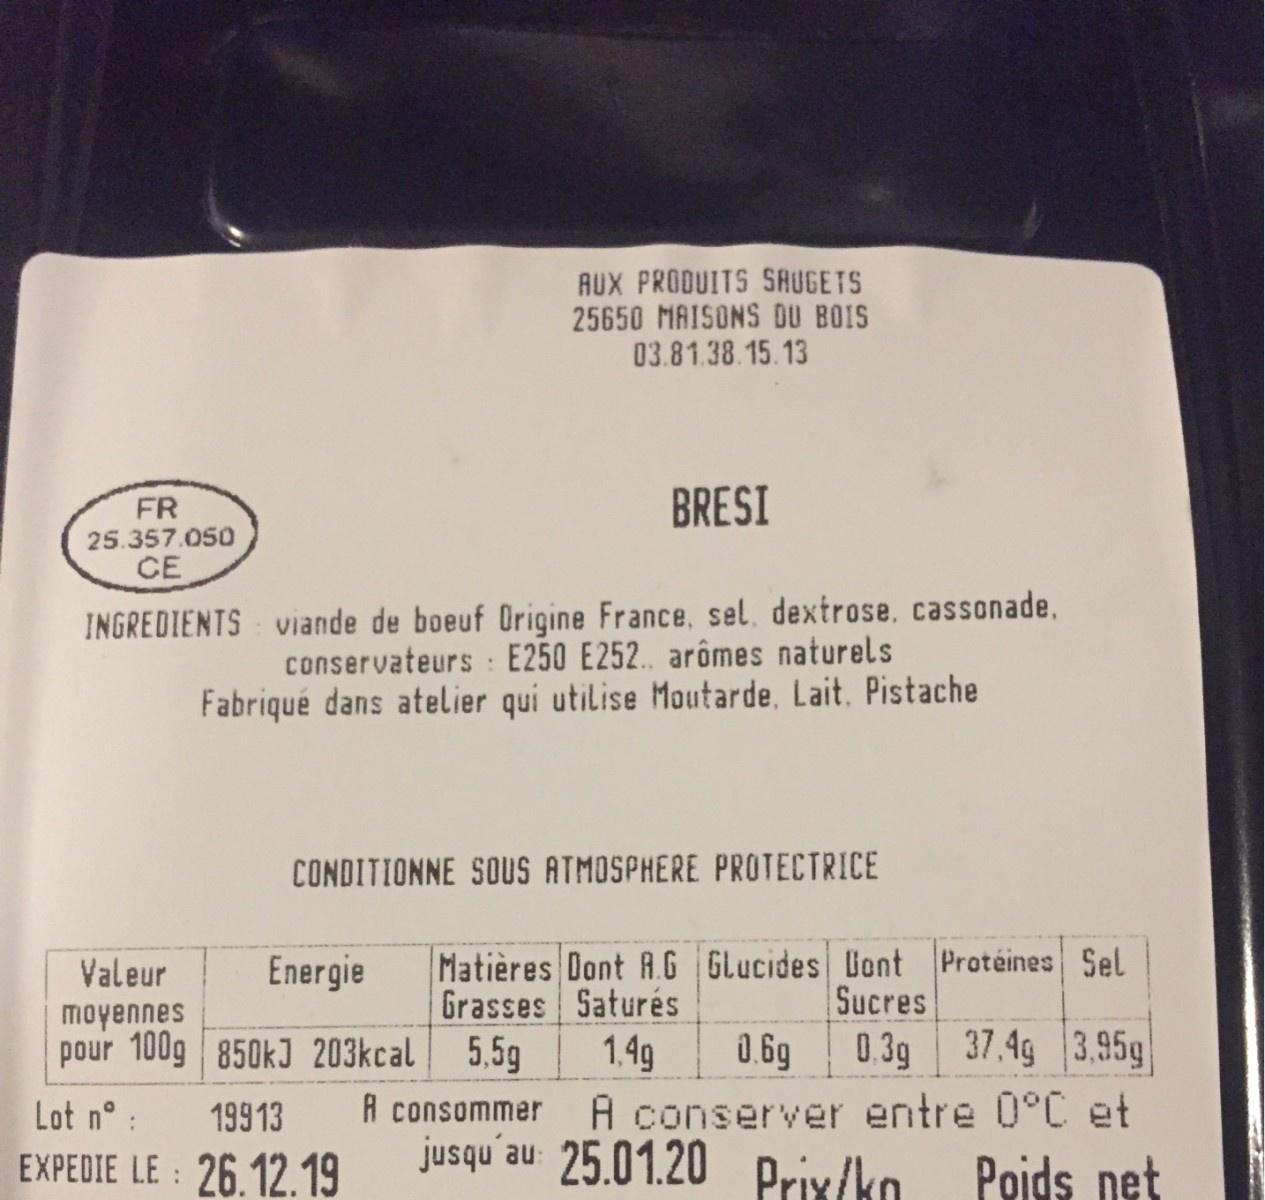
AUX PRODUITS SAUGETS 25650 MAISONS DU BOIS 03.81.38.15.13 BRESI FR 25.357.050 CE INGREDIENTS viande de boeuf Origine France, sel, dextrose, cassonade, conservateurs : E250 E252. arômes naturels Fabriqué dans atelier qui utilise Moutarde, Lait. Pistache CONDITIONNE SOUS ATMOSPHERE PROTECTRICE Matières Dont A.G GLucides Uont Protéines Sel Sucres Energie Valeur Grasses Saturés moyennes pour 100g 850kJ 203kcal 0.3g 37.4g 3.95g 0.6g A conserver entre 0°C et 1.4g 5,5g A consommer jusqu´au 25.01.20 prix/ko Lot n° : 199 13 EXPEDIE LE : 26.12.19 Poids net